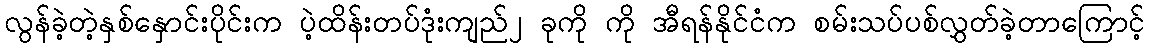
လွန်ခဲ့တဲ့နှစ်နှောင်းပိုင်းက ပဲ့ထိန်းတပ်ဒုံးကျည်၂ ခုကို ကို အီရန်နိုင်ငံက စမ်းသပ်ပစ်လွှတ်ခဲ့တာကြောင့်